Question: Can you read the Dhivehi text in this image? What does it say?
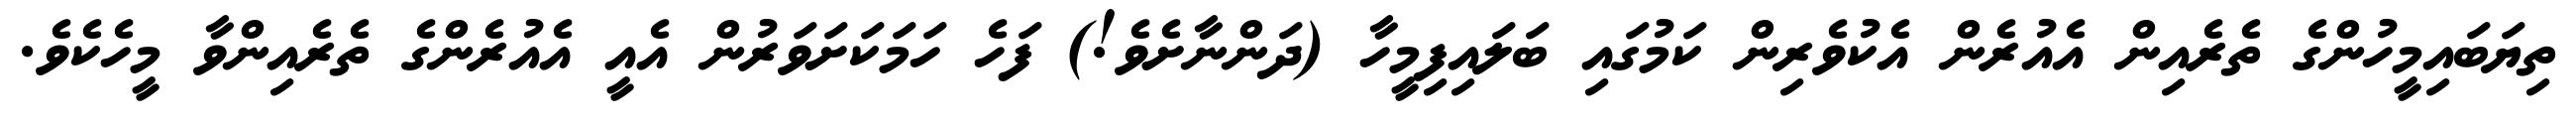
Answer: ތިޔަބައިމީހުންގެ ތެރެއިން އެއުރެން އެކުވެރިން ކަމުގައި ބަލައިފިމީހާ (ދަންނާށެވެ!) ފަހެ ހަމަކަށަވަރުން އެއީ އެއުރެންގެ ތެރެއިންވާ މީހެކެވެ.